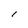
Character: l